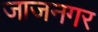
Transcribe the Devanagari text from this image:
जाजनगर